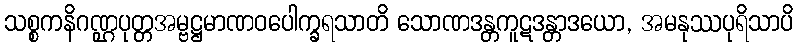
သစ္စကနိဂဏ္ဌပုတ္တအမ္ဗဋ္ဌမာဏဝပေါက္ခရသာတိ သောဏဒန္တကူဋဒန္တာဒယော, အမနုဿပုရိသာပိ